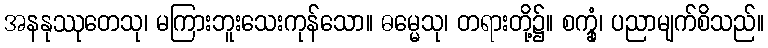
အနနုဿုတေသု၊ မကြားဘူးသေးကုန်သော။ ဓမ္မေသု၊ တရားတို့၌။ စက္ခုံ၊ ပညာမျက်စိသည်။